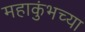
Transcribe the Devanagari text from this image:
महाकुंभच्या